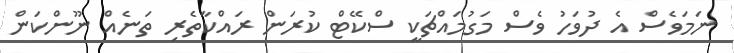
ނަމަވެސް އެ ދުވަހު ވެސް މަގުމައްޗަކީ ސްކޭޓް ކުރަން ރައްކާތެރި ތަނެއް ނޫންކަން